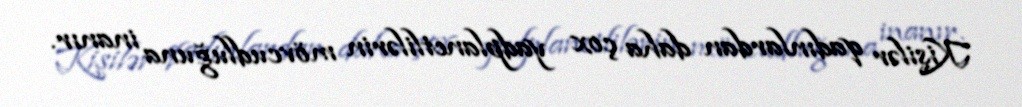
Kişilər qadınlardan daha çox yadplanetlilərin mövcudluğuna inanır.